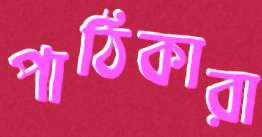
পাঠিকারা